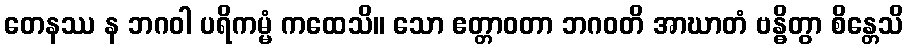
တေနဿ န ဘဂဝါ ပရိကမ္မံ ကထေသိ။ သော ဧတ္တာဝတာ ဘဂဝတိ အာဃာတံ ဗန္ဓိတွာ စိန္တေသိ